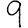
Digit: 9